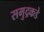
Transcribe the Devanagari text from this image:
समुद्रकडे